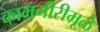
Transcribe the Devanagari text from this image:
कामगीरीमूळे